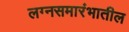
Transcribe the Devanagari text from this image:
लग्नसमारंभातील